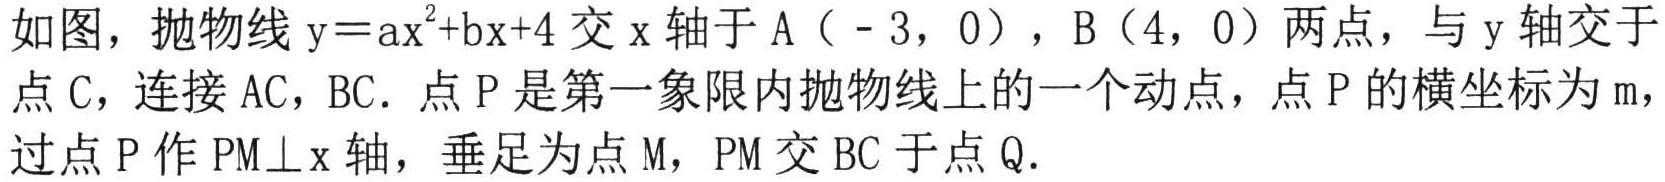
如图，抛物线\(y = ax^{2}+bx + 4\)交\(x\)轴于\(A(-3,0)\)，\(B(4,0)\)两点，与\(y\)轴交于点\(C\)，连接\(AC\)，\(BC\)。点\(P\)是第一象限内抛物线上的一个动点，点\(P\)的横坐标为\(m\)，过点\(P\)作\(PM\perp x\)轴，垂足为点\(M\)，\(PM\)交\(BC\)于点\(Q\)。